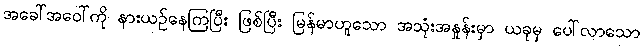
အခေါ်အဝေါ်ကို နားယဉ်နေကြပြီး ဖြစ်ပြီး မြန်မာဟူသော အသုံးအနှုန်းမှာ ယခုမှ ပေါ်လာသော